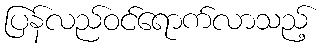
ပြန်လည်ဝင်ရောက်လာသည့်